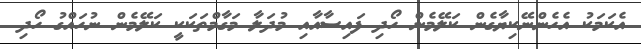
އެކަމަކު އެހެންނޭކިޔާގެން ކަލޭމެން ހޯދި ފައިސާއާއި މުދަލާ މަގާމްތަކަކީ ކަލޭމެން ނުހައްގު ހޯދި